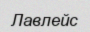
Лавлейс